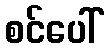
စင်ပေါ်